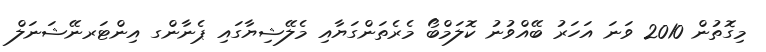
މިގޮތުން 2010 ވަނަ އަހަރު ބޭއްވުނު ކޮލަމްބޯ މެރެތަންގަޔާއި މެލޭޝިޔާގައި ޕެނާންގ އިންޓަރނޭޝަނަލް